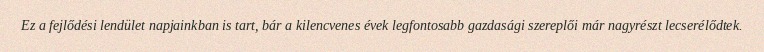
Ez a fejlődési lendület napjainkban is tart, bár a kilencvenes évek legfontosabb gazdasági szereplői már nagyrészt lecserélődtek.